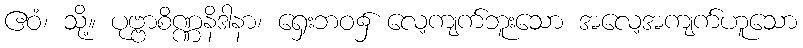
ဧဝံ၊ သို့။ ပုဗ္ဗာစိဏ္ဏနိဒါနာ၊ ရှေးဘဝ၌ လေ့ကျက်ဘူးသော အလေ့အကျက်ဟူသော